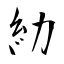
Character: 糼